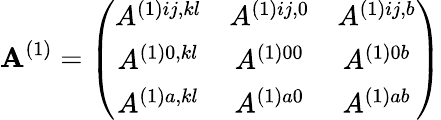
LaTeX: \mathbf{A}^{(1)}=\left(\begin{array}{ccc}{{A^{(1)ij,kl}}}&{{A^{(1)ij,0}}}&{{A^{(1)ij,b}}}\\ {{A^{(1)0,kl}}}&{{A^{(1)00}}}&{{A^{(1)0b}}}\\ {{A^{(1)a,kl}}}&{{A^{(1)a0}}}&{{A^{(1)ab}}}\end{array}\right)